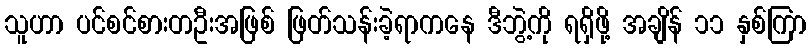
သူဟာ ပင်စင်စားတဦးအဖြစ် ဖြတ်သန်းခဲ့ရာကနေ ဒီဘွဲ့ကို ရရှိဖို့ အချိန် ၁၁ နှစ်ကြာ